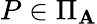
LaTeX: P\in\Pi_{\mathbf{A}}